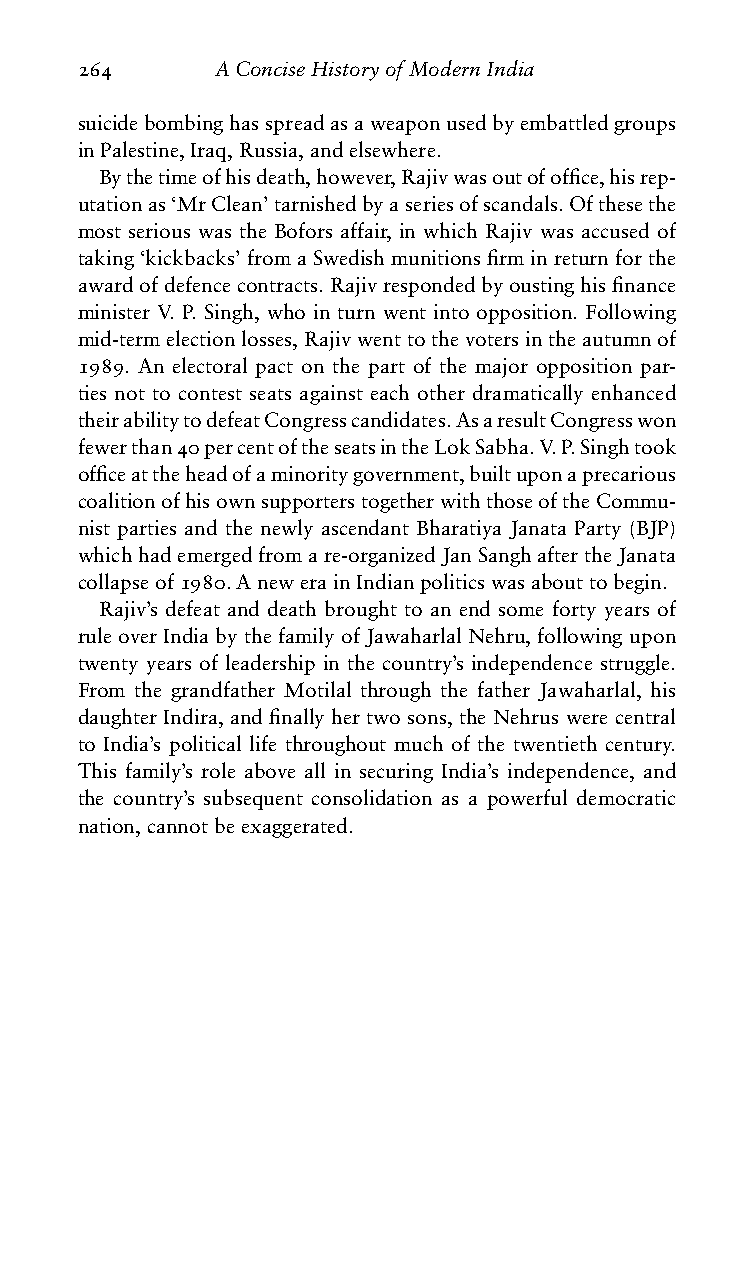
264      AConciseHistoryofModernIndia
 suicidebombinghasspreadasaweaponusedbyembattledgroups
 inPalestine,Iraq,Russia,andelsewhere.
 Bythetimeofhisdeath,however,Rajivwasoutofoffice,hisrep-
 utationas‘MrClean’tarnishedbyaseriesofscandals.Ofthesethe
 most serious was the Bofors affair, in which Rajiv was accused of
 taking‘kickbacks’fromaSwedishmunitionsfirminreturnforthe
 awardofdefencecontracts.Rajivrespondedbyoustinghisfinance
 minister V. P. Singh, who in turn went into opposition. Following
 mid-termelectionlosses,Rajivwenttothevotersintheautumnof
 1989. An electoral pact on the part of the major opposition par-
 ties not to contest seats against each other dramatically enhanced
 theirabilitytodefeatCongresscandidates.AsaresultCongresswon
 fewerthan40percentoftheseatsintheLokSabha.V.P.Singhtook
 officeattheheadofaminoritygovernment,builtuponaprecarious
 coalitionofhisownsupporterstogetherwiththoseoftheCommu-
 nist parties and the newly ascendant Bharatiya Janata Party (BJP)
 whichhademergedfromare-organizedJanSanghaftertheJanata
 collapseof1980.AnewerainIndianpoliticswasabouttobegin.
 Rajiv’s defeat and death brought to an end some forty years of
 ruleoverIndiabythefamilyofJawaharlalNehru,followingupon
 twenty years of leadership in the country’s independence struggle.
 From the grandfather Motilal through the father Jawaharlal, his
 daughter Indira, and finally her two sons, the Nehrus were central
 to India’s political life throughout much of the twentieth century.
 This family’s role above all in securing India’s independence, and
 the country’s subsequent consolidation as a powerful democratic
 nation,cannotbeexaggerated.